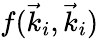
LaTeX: f(\vec{k}_{i},\vec{k}_{i})